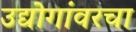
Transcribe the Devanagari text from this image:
उद्योगांवरचा